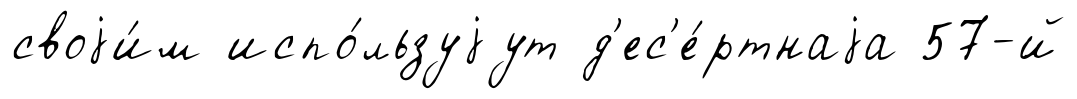
своjи́м испо́льзуjут д'ес'е́ртнаjа 57-й